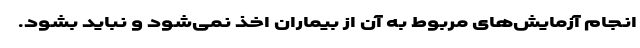
انجام آزمایش‌های مربوط به آن از بیماران اخذ نمی‌شود و نباید بشود.